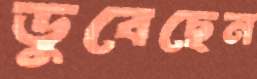
ডুবেছেন